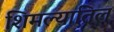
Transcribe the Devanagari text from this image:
शिमल्यातिल